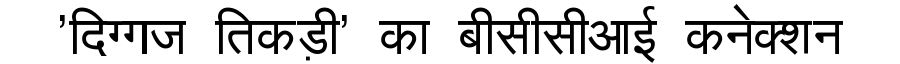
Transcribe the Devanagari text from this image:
'दिग्गज तिकड़ी' का बीसीसीआई कनेक्शन